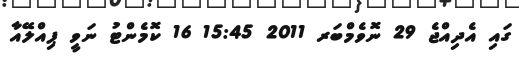
ގައި އެދިއްޖެ 29 ނޮވެމްބަރ 2011 15:45 16 ކޮމެންޓު ނަވީ ޕިއްލޭއާ